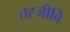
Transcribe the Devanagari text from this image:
तह्जीबि